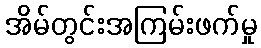
အိမ်တွင်းအကြမ်းဖက်မှု